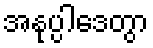
အနုပ္ပါဒေတွာ